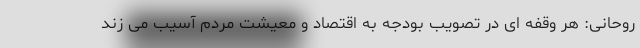
روحانی: هر وقفه ای در تصویب بودجه به اقتصاد و معیشت مردم آسیب می زند